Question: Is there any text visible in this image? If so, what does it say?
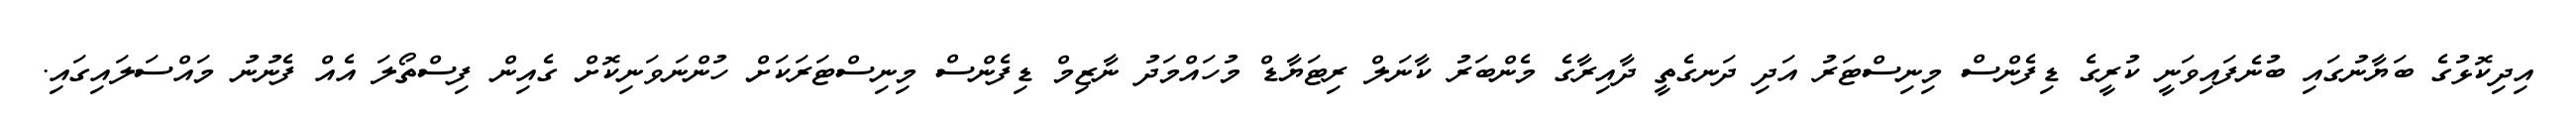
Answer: އިދިކޮޅުގެ ބަޔާނުގައި ބުނެފައިވަނީ ކުރީގެ ޑިފެންސް މިނިސްޓަރު އަދި ދަނގެތީ ދާއިރާގެ މެންބަރު ކާނަލް ރިޓަޔާޑް މުހައްމަދު ނާޒިމް ޑިފެންސް މިނިސްޓަރަކަށް ހުންނަވަނިކޮށް ގެއިން ފިސްތޯލަ އެއް ފެނުނު މައްސަލައިގައި.